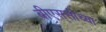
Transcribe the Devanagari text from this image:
बीएस्‌सीच्या